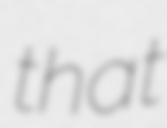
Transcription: that